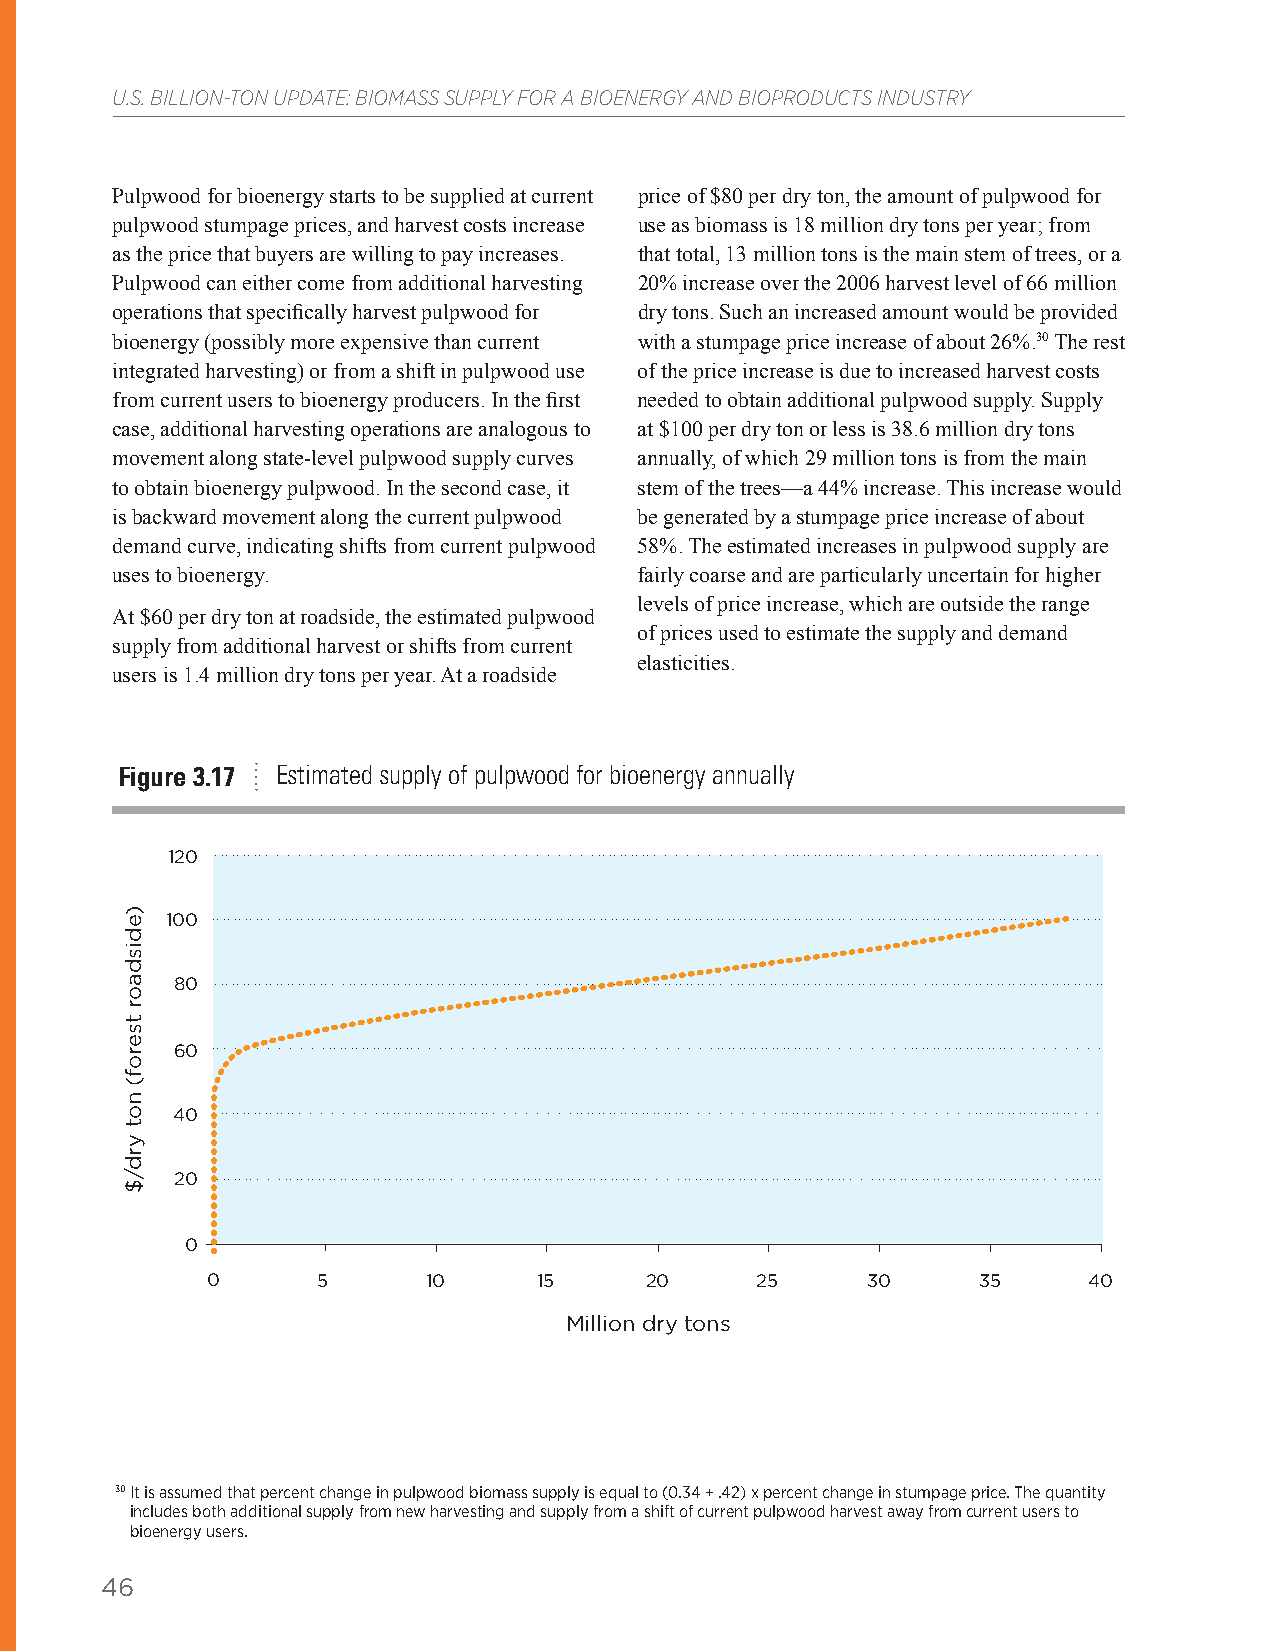
U.S. BILLION-TON UPDATE: BIOMASS SUPPLY FOR A BIOENERGY AND BIOPRODUCTS INDUSTRY
 Pulpwood for bioenergy starts to be supplied at current price of $80 per dry ton, the amount of pulpwood for
 pulpwood stumpage prices, and harvest costs increase use as biomass is 18 million dry tons per year; from
 as the price that buyers are willing to pay increases. that total, 13 million tons is the main stem of trees, or a
 Pulpwood can either come from additional harvesting 20% increase over the 2006 harvest level of 66 million
 operations that specifically harvest pulpwood for dry tons. Such an increased amount would be provided
 bioenergy (possibly more expensive than current with a stumpage price increase of about 26%.30 The rest
 integrated harvesting) or from a shift in pulpwood use of the price increase is due to increased harvest costs
 from current users to bioenergy producers. In the first needed to obtain additional pulpwood supply. Supply
 case, additional harvesting operations are analogous to at $100 per dry ton or less is 38.6 million dry tons
 movement along state-level pulpwood supply curves annually, of which 29 million tons is from the main
 to obtain bioenergy pulpwood. In the second case, it stem of the trees—a 44% increase. This increase would
 is backward movement along the current pulpwood be generated by a stumpage price increase of about
 demand curve, indicating shifts from current pulpwood 58%. The estimated increases in pulpwood supply are
 uses to bioenergy.                 fairly coarse and are particularly uncertain for higher
 levels of price increase, which are outside the range
 At $60 per dry ton at roadside, the estimated pulpwood
 of prices used to estimate the supply and demand
 supply from additional harvest or shifts from current
 elasticities.
 users is 1.4 million dry tons per year. At a roadside
 Figure 3.17 Estimated supply of pulpwood for bioenergy annually
 120
 100
 80
 60
 40
 20
 0
 0      5      10      15     20     25     30      35     40
 Million dry tons
 30 It is assumed that percent change in pulpwood biomass supply is equal to (0.34 + .42) x percent change in stumpage price. The quantity
 includes both additional supply from new harvesting and supply from a shift of current pulpwood harvest away from current users to
 bioenergy users.
 46
 )edisdaor
 tserof(
 not
 yrd/$